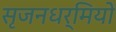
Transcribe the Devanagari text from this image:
सृजनधर्मियों